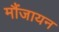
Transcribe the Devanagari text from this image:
मौंजायन